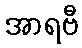
အာရဗီ